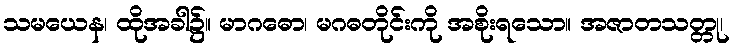
သမယေန၊ ထိုအခါ၌။ မာဂဓော၊ မဂဓတိုင်းကို အစိုးရသော။ အဇာတသတ္တု၊